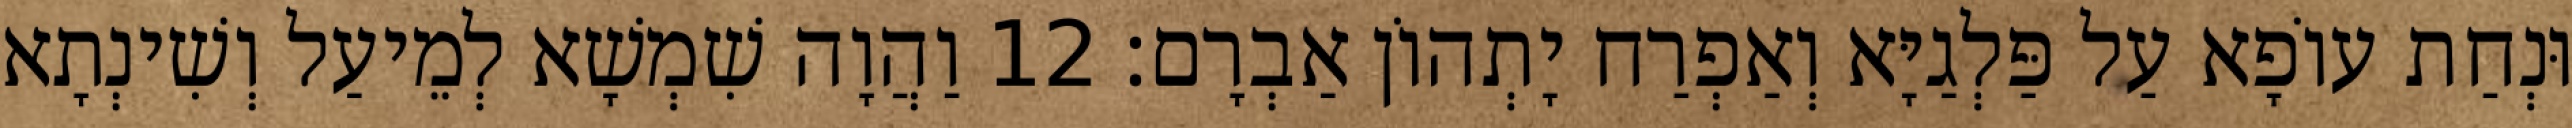
וּנְחַת עוֹפָא עַל פַּלְגַיָּא וְאַפְרַח יָתְהוֹן אַבְרָם׃ 12 וַהֲוָה שִׁמְשָׁא לְמֵיעַל וְשִׁינְתָא